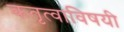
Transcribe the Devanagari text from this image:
कतृत्वाविषयी